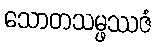
သောတသမ္ဖဿဇံ